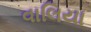
વાલિયા